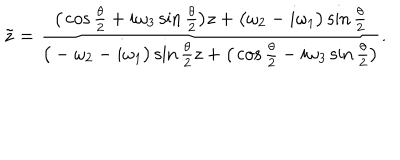
{ \tilde { z } } = \frac { \big ( \cos \frac { \theta } { 2 } + i \omega _ { 3 } \sin \frac { \theta } { 2 } \big ) z + \big ( \omega _ { 2 } - i \omega _ { 1 } \big ) \sin \frac { \theta } { 2 } } { \big ( - \omega _ { 2 } - i \omega _ { 1 } \big ) \sin \frac { \theta } { 2 } z + \big ( \cos \frac { \theta } { 2 } - i \omega _ { 3 } \sin \frac { \theta } { 2 } \big ) } .